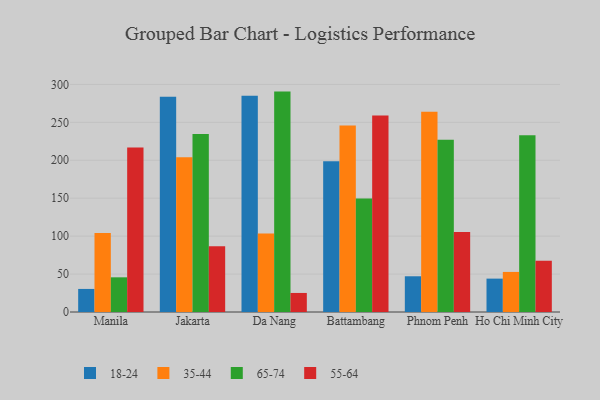
{"axis": {"x": "City", "y": "Waste Production (Tons)"}, "legend": ["18-24", "35-44", "55-64", "65-74"], "data": [{"x": "Manila", "y": 30.4, "type": "18-24"}, {"x": "Manila", "y": 104.0, "type": "35-44"}, {"x": "Manila", "y": 45.7, "type": "65-74"}, {"x": "Manila", "y": 216.9, "type": "55-64"}, {"x": "Jakarta", "y": 283.6, "type": "18-24"}, {"x": "Jakarta", "y": 204.0, "type": "35-44"}, {"x": "Jakarta", "y": 234.6, "type": "65-74"}, {"x": "Jakarta", "y": 86.7, "type": "55-64"}, {"x": "Da Nang", "y": 284.9, "type": "18-24"}, {"x": "Da Nang", "y": 103.5, "type": "35-44"}, {"x": "Da Nang", "y": 290.5, "type": "65-74"}, {"x": "Da Nang", "y": 25.1, "type": "55-64"}, {"x": "Battambang", "y": 198.6, "type": "18-24"}, {"x": "Battambang", "y": 245.9, "type": "35-44"}, {"x": "Battambang", "y": 149.7, "type": "65-74"}, {"x": "Battambang", "y": 259.1, "type": "55-64"}, {"x": "Phnom Penh", "y": 47.1, "type": "18-24"}, {"x": "Phnom Penh", "y": 264.1, "type": "35-44"}, {"x": "Phnom Penh", "y": 227.1, "type": "65-74"}, {"x": "Phnom Penh", "y": 105.5, "type": "55-64"}, {"x": "Ho Chi Minh City", "y": 44.0, "type": "18-24"}, {"x": "Ho Chi Minh City", "y": 52.8, "type": "35-44"}, {"x": "Ho Chi Minh City", "y": 233.1, "type": "65-74"}, {"x": "Ho Chi Minh City", "y": 67.7, "type": "55-64"}]}